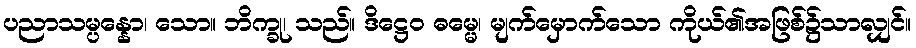
ပညာသမ္ပန္နော၊ သော။ ဘိက္ခု၊ သည်။ ဒိဋ္ဌေဝ ဓမ္မေ၊ မျက်မှောက်သော ကိုယ်၏အဖြစ်၌သာလျှင်။